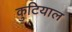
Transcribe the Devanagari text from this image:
कुटियाल